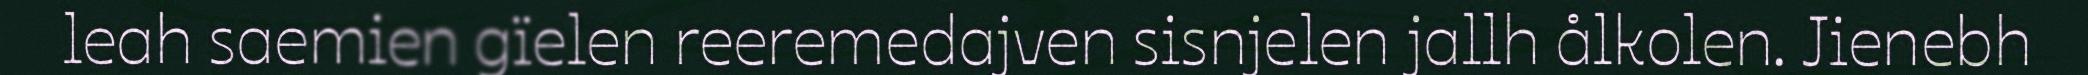
leah saemien gïelen reeremedajven sisnjelen jallh ålkolen. Jienebh